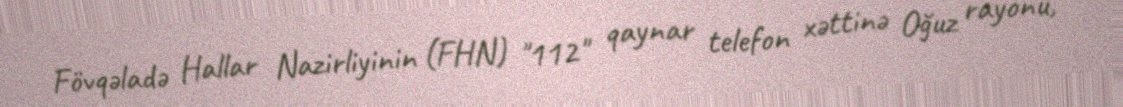
Fövqəladə Hallar Nazirliyinin (FHN) "112" qaynar telefon xəttinə Oğuz rayonu,